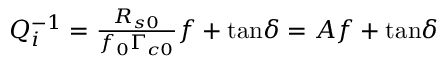
\begin{array} { r } { Q _ { i } ^ { - 1 } = \frac { R _ { s 0 } } { f _ { 0 } \Gamma _ { c 0 } } f + \tan \! \delta = A f + \tan \! \delta } \end{array}